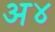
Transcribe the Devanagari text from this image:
अ४